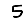
Digit: 5